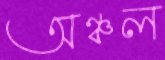
অঞ্চল